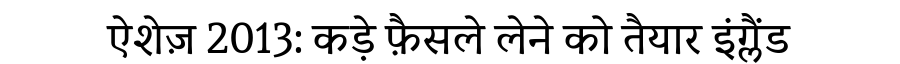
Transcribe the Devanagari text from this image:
ऐशेज़ 2013: कड़े फ़ैसले लेने को तैयार इंग्लैंड